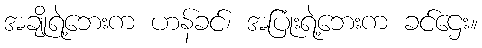
အချိုရဲ့ဘေးက ဟန်ခင်၊ အပြုံးရဲ့ဘေးက ခင်ဌေး။